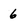
Character: 6